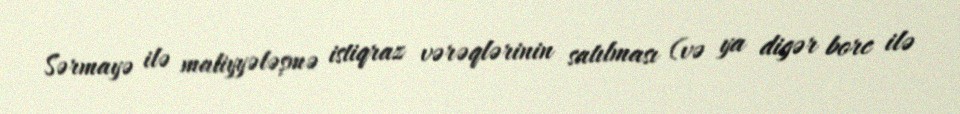
Sərmayə ilə maliyyələşmə istiqraz vərəqlərinin satılması (və ya digər borc ilə